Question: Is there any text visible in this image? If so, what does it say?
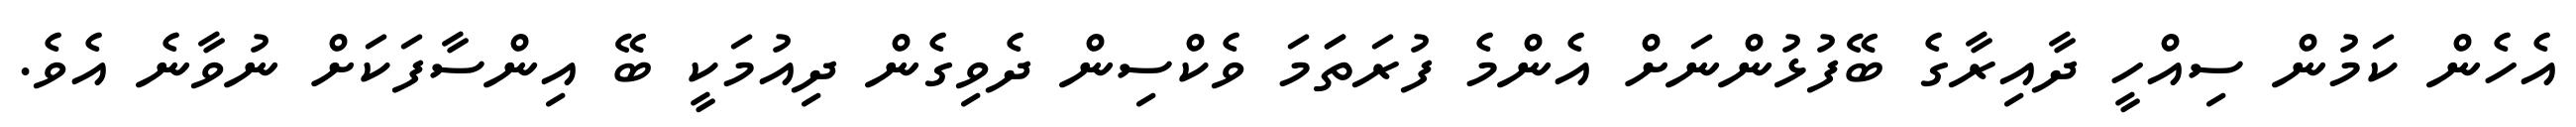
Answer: އެހެން ކަމުން ސިއްހީ ދާއިރާގެ ބޭފުޅުންނަށް އެންމެ ފުރަތަަމަ ވެކްސިން ދެވިގެން ދިއުމަކީ ބޭ އިންސާފަކަށް ނުވާނެ އެވެ.